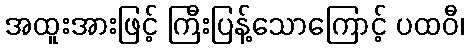
အထူးအားဖြင့် ကြီးပြန့်သောကြောင့် ပထဝီ၊